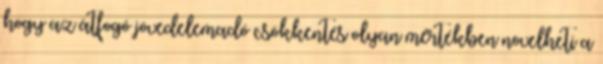
hogy az átfogó jövedelemadó csökkentés olyan mértékben növelheti a